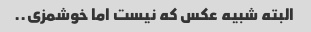
البته شبیه عکس که نیست اما خوشمزی..